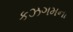
કઝગમના